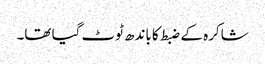
شاکرہ کے ضبط کا باندھ ٹوٹ گیا تھا۔